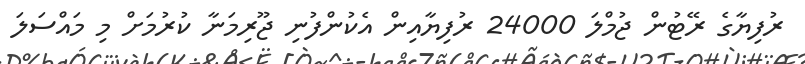
ރުފިޔާގެ ރޭޓުން ޖުމްލަ 24000 ރުފިޔާއިން އެކުންފުނި ޖޫރިމަނާ ކުރުމަށް މި މައްސަލަ